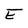
Character: E